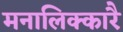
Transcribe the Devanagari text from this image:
मनालिक्कारै